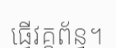
ធ្វើវគ្គព័ន្ធ។